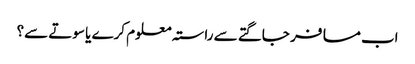
اب مسافر جاگتے سے راستہ معلوم کرے یا سوتے سے؟